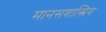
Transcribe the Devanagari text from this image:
मानसशास्त्रिय